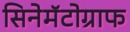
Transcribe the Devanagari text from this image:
सिनेमॅटोग्राफ